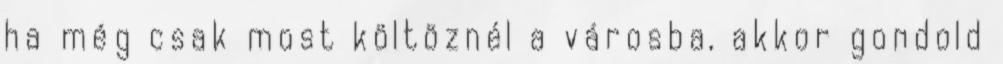
ha még csak most költöznél a városba, akkor gondold